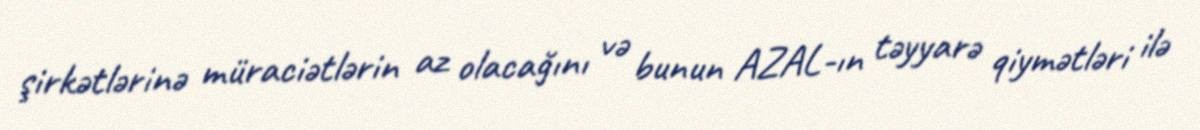
şirkətlərinə müraciətlərin az olacağını və bunun AZAL-ın təyyarə qiymətləri ilə